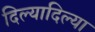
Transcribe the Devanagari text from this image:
दिल्यादिल्या